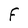
Character: F